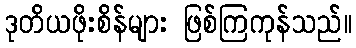
ဒုတိယဖိုးစိန်များ ဖြစ်ကြကုန်သည်။